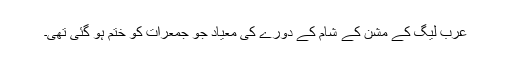
عرب لیگ کے مشن کے شام کے دورے کی معیاد جو جمعرات کو ختم ہو گئی تھی۔